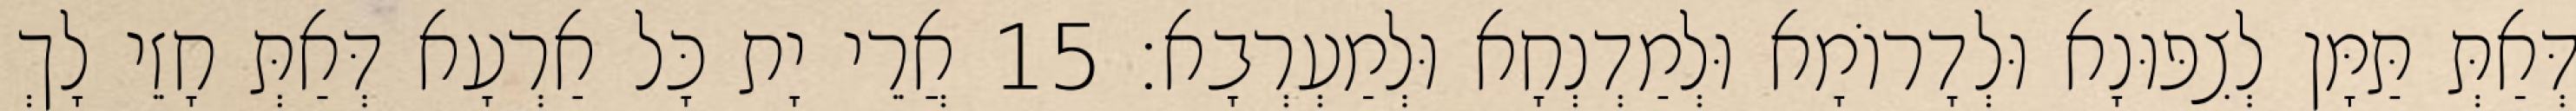
דְּאַתְּ תַּמָּן לְצִפּוּנָא וּלְדָרוֹמָא וּלְמַדְנְחָא וּלְמַעְרְבָא׃ 15 אֲרֵי יָת כָּל אַרְעָא דְּאַתְּ חָזֵי לָךְ